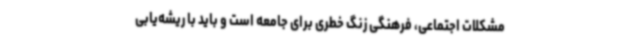
مشکلات اجتماعی‌، فرهنگی زنگ خطری برای جامعه است و باید با ریشه‌یابی